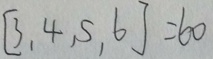
[ 3 , 4 , 5 , 6 ] = 6 0